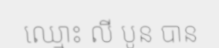
ឈ្មោះ លី បូន បាន